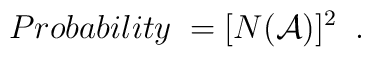
Probability \; = [N({\cal A})]^{2} \; \; .